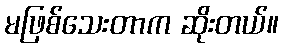
မဖြစ်သေးတာက ဆိုးတယ်။